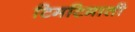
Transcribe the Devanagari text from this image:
टिमटिमाती